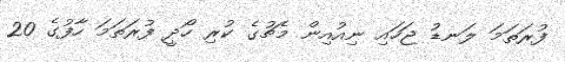
ފުރަތަމަ ލަނޑު ޖަހައި ނިއުއިން މެޗުގެ ކުރި ހޯދީ ފުރަތަމަ ހާފުގެ 20